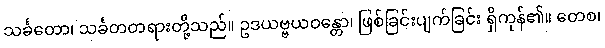
သင်္ခတော၊ သင်္ခတတရားတို့သည်။ ဥဒယဗ္ဗယဝန္တော၊ ဖြစ်ခြင်းပျက်ခြင်း ရှိကုန်၏။ တေစ၊